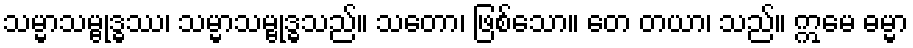
သမ္မာသမ္ဗုဒ္ဓဿ၊ သမ္မာသမ္ဗုဒ္ဓသည်။ သတော၊ ဖြစ်သော။ တေ တယာ၊ သည်။ ဣမေ ဓမ္မာ